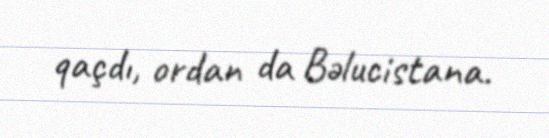
qaçdı, ordan da Bəlucistana.